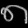
Digit: ၈